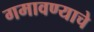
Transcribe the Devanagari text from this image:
गमावण्याचे